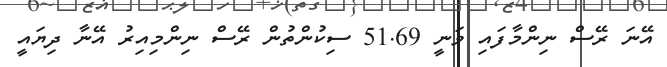
އޭނަ ރޭސް ނިންމާފައި ވަނީ 51.69 ސިކުންތުން ރޭސް ނިންމިއިރު އޭނާ ދިޔައީ